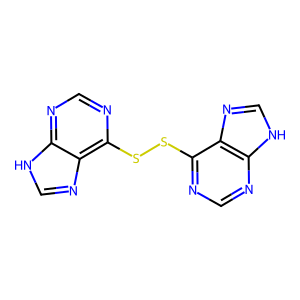
SMILES: c1nc(SSc2ncnc3[nH]cnc23)c2nc[nH]c2n1
Inhibits HIV replication: No